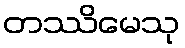
တဿိမေသု